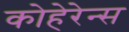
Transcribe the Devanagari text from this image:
कोहेरेन्स